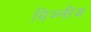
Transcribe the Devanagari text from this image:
ग्रिज्लीज